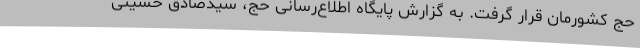
حج کشورمان قرار گرفت. به گزارش پایگاه اطلاع‌رسانی حج، سیدصادق حسینی